Leprosy in India: report of the Leprosy Commission in India, 1890-91
Year: 1890
Disease focus: Leprosy
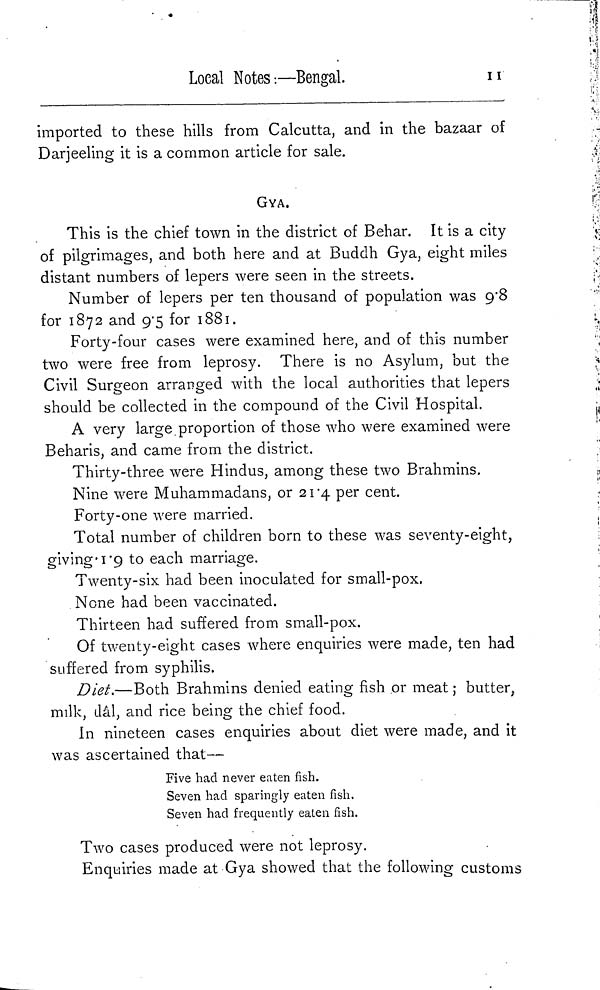
Local Notes-.—Bengal.
11
imported to these hills from Calcutta, and in the bazaar of
Darjeeling it is a common article for sale.
GYA.
This is the chief town in the district of Behar. It is a city
of pilgrimages, and both here and at Buddh Gya, eight miles
distant numbers of lepers were seen in the streets.
Number of lepers per ten thousand of population was 9.8
for 1872 and 9/5 for I 88 I .
Forty-four cases were examined here, and of this number
two were free from leprosy. There is no Asylum, but the
Civil Surgeon arranged with the local authorities that lepers
should be collected in the compound of the Civil Hospital.
A very large.proportion of those who were examined were
Beharis, and came from the district.
Thirty-three were Hindus, among these two Brahmins.
Nine were Muhammadans, or 2 I. 4 per cent.
Forty-one were married.
Total number of children born to these was seventy-eight,
giving. 1. 9 to each marriage.
Twenty-six had been inoculated for small-pox.
None had been vaccinated.
Thirteen had suffered from small-pox.
Of twenty-eight cases where enquiries were made, ten had
suffered from syphilis.
Diet.—Both Brahmins denied eating fish or meat ; butter,
milk, dâl, and rice being the chief food.
In nineteen cases enquiries about diet were made, and it
was ascertained that—
Five had never eaten fish.
Seven had sparingly eaten fish.
Seven had frequently eaten fish.
Two cases produced were not leprosy.
Enquiries made at Gya showed that the following customs